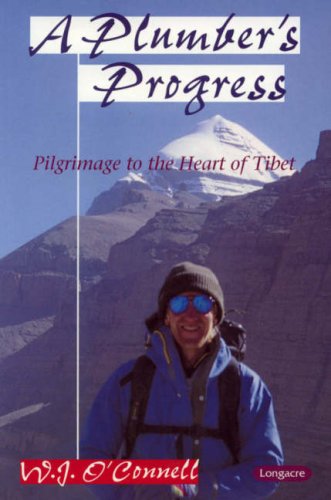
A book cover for A Plumber's Progress: Pilgrimage to the Heart of Tibet; W. J. O'Connell; Travel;